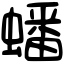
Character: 蟠